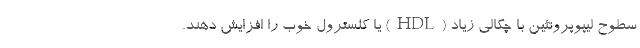
سطوح لیپوپروتئین با چگالی زیاد (HDL) یا کلسترول خوب را افزایش دهند.